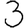
Digit: 3